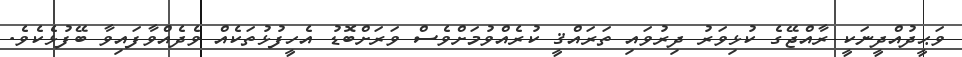
ވަޙީދުއްދީނަކީ ރާއްޖޭގެ ކުޅިވަރު ދިރުވައި ތަރައްޤީ ކުރެއްވުމަށްވެސް ވަރަށްބޮޑު އެހީފުޅުތަކެއް ވެދެއްވާފައިވާ ބޭފުޅެކެވެ.